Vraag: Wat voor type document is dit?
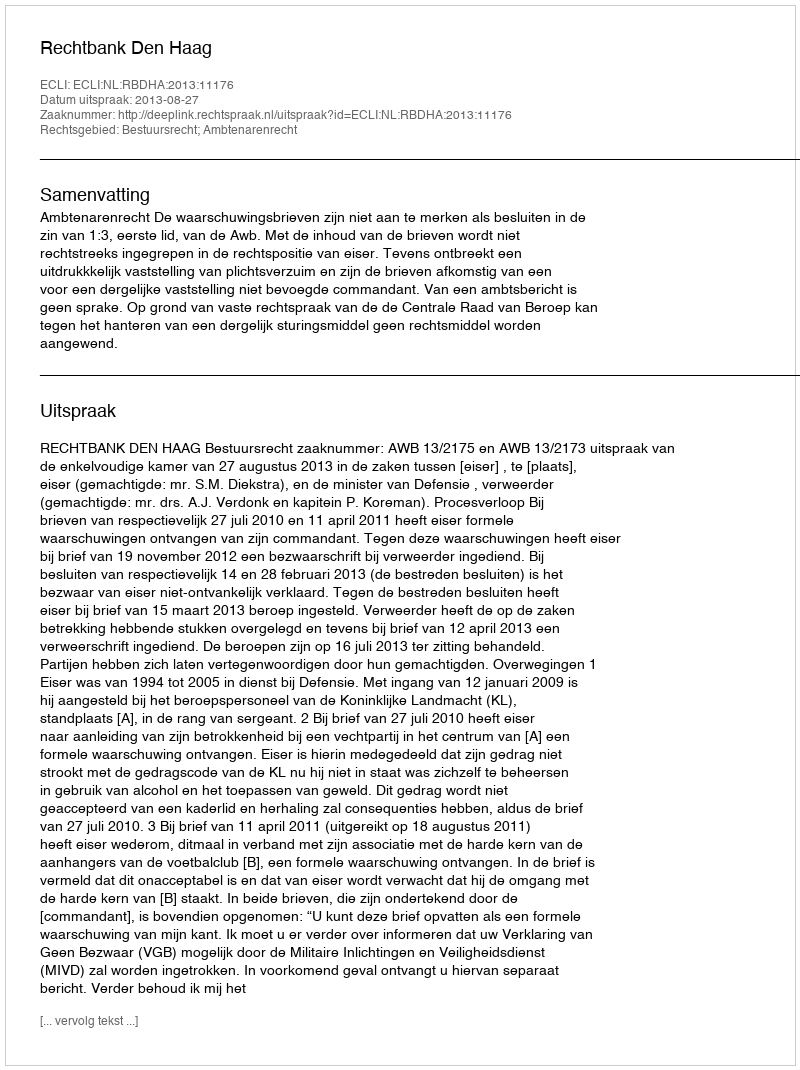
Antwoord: Uitspraak